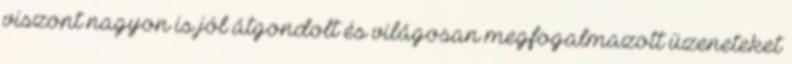
viszont nagyon is jól átgondolt és világosan megfogalmazott üzeneteket